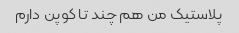
پلاستیک من هم چند تا کوپن دارم